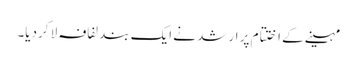
مہینے کے ا ختتام پر ارشد نے ایک بند لفافہ لا کردیا۔